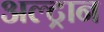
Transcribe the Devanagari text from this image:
अल्ट्रान